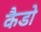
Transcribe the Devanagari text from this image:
कैडो